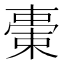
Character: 𣗞